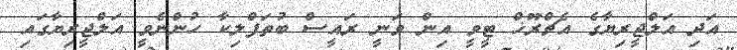
އަދި އަލްޖީރިޔާގެ އެޗްރޫޚް ޓީވީ އިން ވަނީ ރައީސް ބުތަފްލިކާ ހުންނެވީ އަލްޖީރިޔާގައި